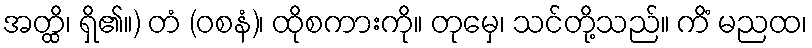
အတ္ထိ၊ ရှိ၏။) တံ (ဝစနံ)၊ ထိုစကားကို။ တုမှေ၊ သင်တို့သည်။ ကိံ မညထ၊